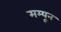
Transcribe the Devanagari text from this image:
मम्यून